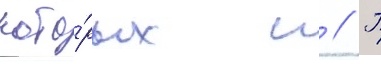
кото́рых п // П